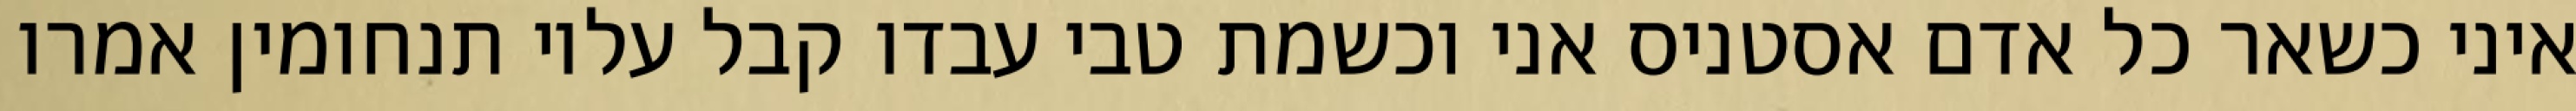
איני כשאר כל אדם אסטניס אני וכשמת טבי עבדו קבל עליו תנחומין אמרו